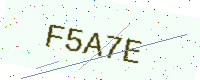
Text: F5A7E